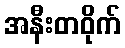
အနီးတဝိုက်